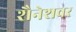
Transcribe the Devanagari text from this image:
शैनेशवर